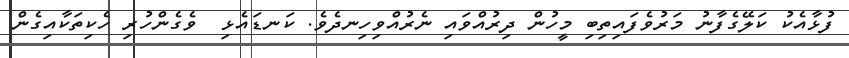
ފުޅާއެކު ކަލޭގެފާނު މަރުވެފައިތިބި މީހުން ދިރުއްވައި ނެރުއްވިހިނދެވެ. ކަނޑައެޅި  ވެގެންހުރި ހެކިތަކާއިގެން